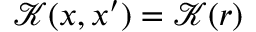
\mathcal { K } ( \boldsymbol { x } , \boldsymbol { x } ^ { \prime } ) = \mathcal { K } ( r )